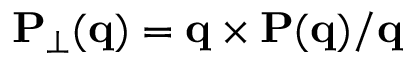
{ \bf P } _ { \perp } ( { \bf q } ) = { \bf q } \times { \bf P } ( \bf q ) / q